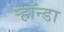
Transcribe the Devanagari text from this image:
ऱ्हॉन्डा